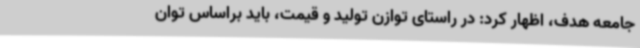
جامعه هدف، اظهار کرد: در راستای توازن تولید و قیمت، باید براساس توان